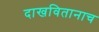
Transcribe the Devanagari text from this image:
दाखवितानाच